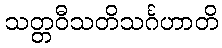
သတ္တဝီသတိသင်္ဂဟာတိ